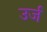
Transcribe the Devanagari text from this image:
उर्ज